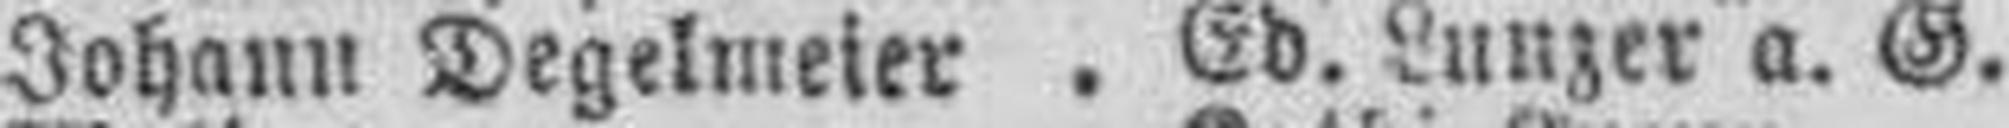
Johann Degelmeier Ed. Lunzer a. G.